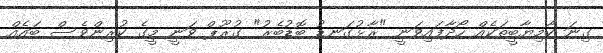
ގިނަ ކާމިޔާބީތަކެއް ހޯދާފައިވަނީ "ރާޅުގަނޑު ބޮޑުބެރު" ގުރޫޕް ވަނީ މީގެ ކުރިންވެސް ބައެއް